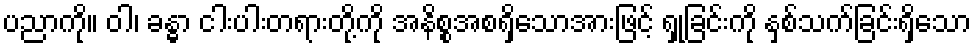
ပညာကို။ ဝါ၊ ခန္ဓာ ငါးပါးတရားတို့ကို အနိစ္စအစရှိသောအားဖြင့် ရှုခြင်းကို နှစ်သက်ခြင်းရှိသော